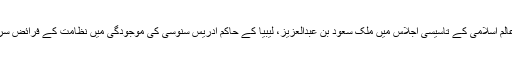
٭ رابطہ عالم اسلامی کے تاسیسی اجلاس میں ملک سعود بن عبدالعزیز، لیبیا کے حاکم ادریس سنوسی کی موجودگی میں نظامت کے فرائض سرانجام دینا۔